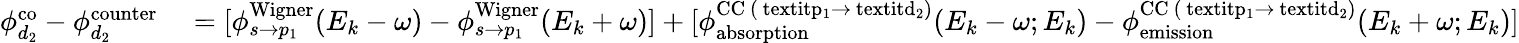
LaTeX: \begin{array}{rl}{\phi_{d_{2}}^{\mathrm{{co}}}-\phi_{d_{2}}^{\mathrm{{counter}}}}&{{}=[\phi_{s\rightarrow p_{1}}^{\mathrm{{Wigner}}}(E_{k}-\omega)-\phi_{s\rightarrow p_{1}}^{\mathrm{{Wigner}}}(E_{k}+\omega)]+[\phi_{\mathrm{{absorption}}}^{\mathrm{{CC}~(\ textit{p}_{1}\rightarrow\ textit{d}_{2})}}(E_{k}-\omega;E_{k})-\phi_{\mathrm{{emission}}}^{\mathrm{{CC}~(\ textit{p}_{1}\rightarrow\ textit{d}_{2})}}(E_{k}+\omega;E_{k})]}\end{array}